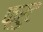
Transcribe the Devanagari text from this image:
फ़्रुट